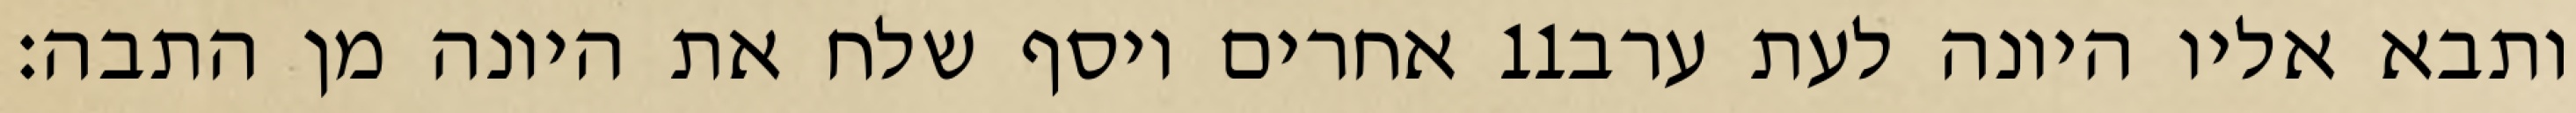
אחרים ויסף שלח את היונה מן התבה׃ ‎11‏ ותבא אליו היונה לעת ערב